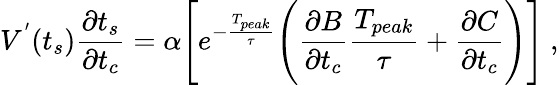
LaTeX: V^{'}(t_{s})\frac{\partial t_{s}}{\partial t_{c}}=\alpha\Bigg[e^{-\frac{T_{peak}}{\tau}}\Bigg(\frac{\partial B}{\partial t_{c}}\frac{T_{peak}}{\tau}+\frac{\partial C}{\partial t_{c}}\Bigg)\Bigg]~,